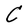
Character: C